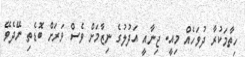
ހިތާމަކުރާ ދުވަހެއް މިއީ. ޖިނާއީ އަދުލުގެ ނިޒާމަށް ވެސް ވަރަށް ބޮޑެތި ނޭދެވޭ